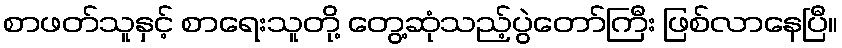
စာဖတ်သူနှင့် စာရေးသူတို့ တွေ့ဆုံသည့်ပွဲတော်ကြီး ဖြစ်လာနေပြီ။